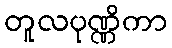
တူလပုဏ္ဏိကာ